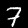
Digit: 7